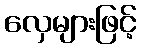
လှေများဖြင့်